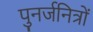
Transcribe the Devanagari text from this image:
पुनर्जनित्रों